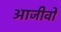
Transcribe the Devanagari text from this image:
आजीवो